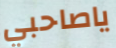
ياصاحبي